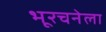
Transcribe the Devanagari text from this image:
भूरचनेला